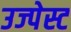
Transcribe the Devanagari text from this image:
उज्पेस्ट